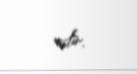
edir.